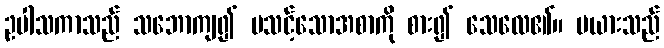
ဥပါသကာသည် သဘောကျ၍ မသင့်သောအစာကို စား၍ သေလေ၏။ မယားသည်